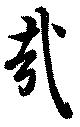
哉